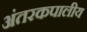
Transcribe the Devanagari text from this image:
अंतरकपालीय